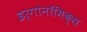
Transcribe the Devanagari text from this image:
इर्गोनॉमिक्स